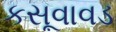
કસૂવાવડ